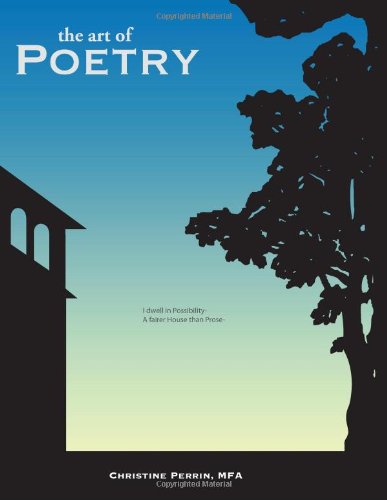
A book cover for The Art of Poetry; Christine Perrin; Teen & Young Adult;